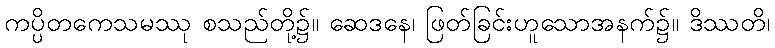
ကပ္ပိတကေသမဿု စသည်တို့၌။ ဆေဒနေ၊ ဖြတ်ခြင်းဟူသောအနက်၌။ ဒိဿတိ၊